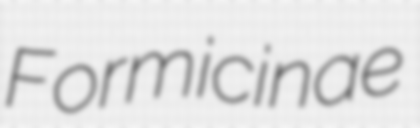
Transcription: Formicinae